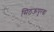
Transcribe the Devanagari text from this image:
सिठऊपुरवा